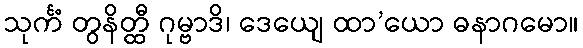
သုင်္ကံ တွနိတ္ထီ ဂုမ္ဗာဒိ၊ ဒေယျေ ထာ’ယော ဓနာဂမော။